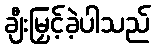
ချီးမြှင့်ခဲ့ပါသည်